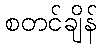
စတင်ချိန်